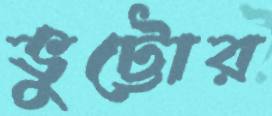
ভুট্টোর